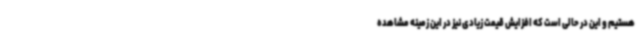
هستیم و این در حالی است که افزایش قیمت زیادی نیز در این زمینه مشاهده